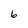
Character: 6